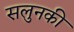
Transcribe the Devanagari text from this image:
सलुनकी